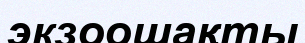
экзоошақты